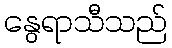
နွေရာသီသည်